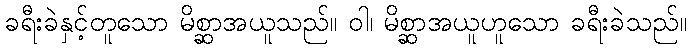
ခရီးခဲနှင့်တူသော မိစ္ဆာအယူသည်။ ဝါ၊ မိစ္ဆာအယူဟူသော ခရီးခဲသည်။